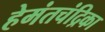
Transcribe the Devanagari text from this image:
हेमंतचंद्रिका